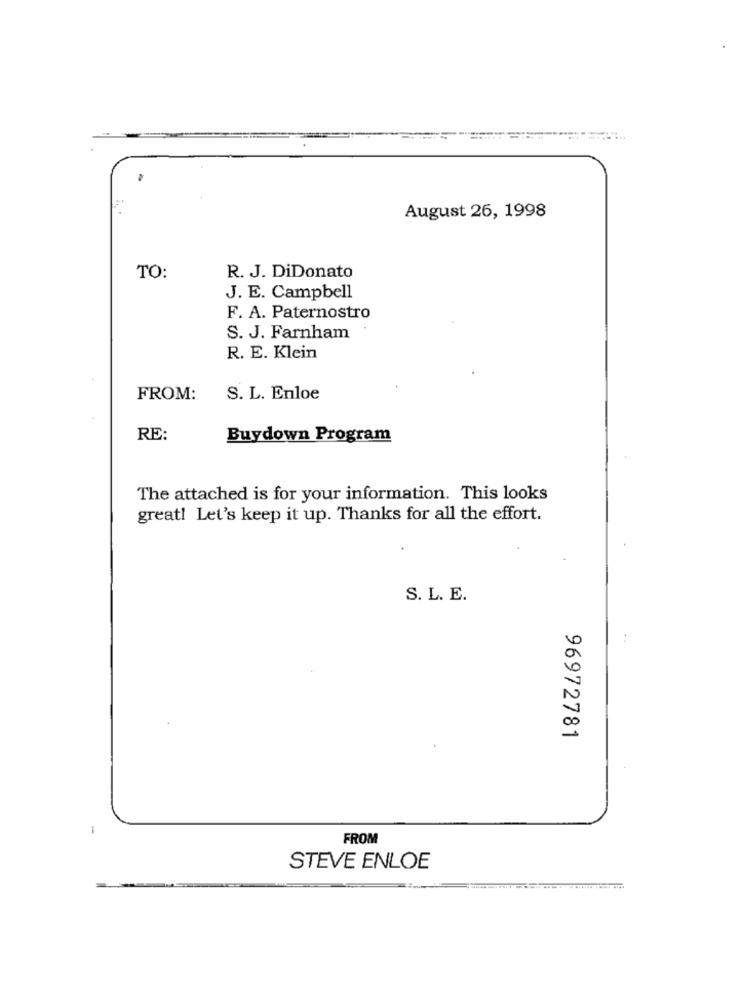
August 26, 1998
TO:
R. J. DiDonato
J. E. Campbell
F. A. Paternostro
S. J. Farnham
R. E. Klein
FROM:
S. L. Enloe
RE:
Buydown Program
The attached is for your information. This looks
great! Let's keep it up. Thanks for all the effort.
S. L. E.
96972781
-
FROM
STEVE ENLOE